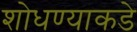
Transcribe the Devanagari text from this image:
शोधण्याकडे